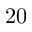
2 0